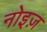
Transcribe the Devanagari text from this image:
नोइज़